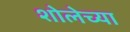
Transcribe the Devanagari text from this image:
शोलेच्या